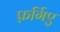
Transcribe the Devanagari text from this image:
फ़र्गिए